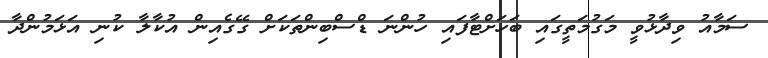
ސަމާއު ވިދާޅުވީ މަގުމަތީގައި ބަހަށްޓާފައި ހުންނަ ޑްސްބިންތަކަށް ގޭގެއިން އުކާލާ ކުނި އަޅަމުންދާ